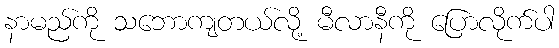
နာမည်ကို သဘောကျတယ်လို့ မီလာနီကို ပြောလိုက်ပါ